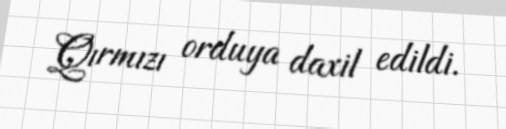
Qırmızı orduya daxil edildi.